King Institute of Preventive Medicine Micro-Biological Section reports 1912-19
Year: 1912
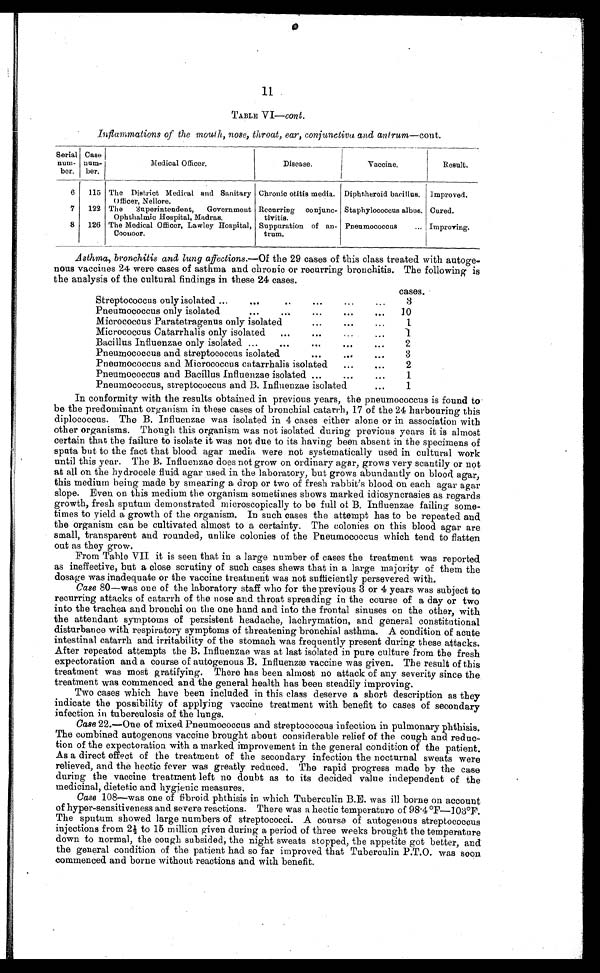
1 1
TABLE VI— cont.
Inflammations of the mouth, nose, throat, ear, conjunctiva and antrum —cont.
Serial
num
-ber.
Case
num
-ber.
Medical Officer.
Disease.
Vaccine.
Result.
6
115 The District Medical and Sanitary
Officer, Nellore.
Chronic otitis media. Diphtheroid bacillus. Improved.
7
122 The
Superintendent,
Government
Ophthalmic Hospital, Madras.
Recurring conjunc
-tivitis.
Staphylococcus albus. Cured.
8
126 The Medical Officer, Lawley Hospital,
Coonoor.
Suppuration of a
n-trum.
Pneumococcus . . . Improving.
Asthma, bronchitis and lung affections. —Of the 29 cases of this class treated with autoge
-nous vaccines 24 were cases of asthma and chronic or recurring bronchitis. The following is
the analysis of the cultural findings in these 24 cases.
cases.
Streptococcus only isolated . . .
3
Pneumococcus only isolated . . .
10
Mi c r o c o c c u s P a r a t e t r a g e n u s o n l y i s o l a t e d . . .
1
Micrococcus Catarrhalis only isolated . . .
1
Bacillus Influenzae only isolated . . .
2
Pneumococcus and streptococcus isolated . . .
3
Pneumococcus and Micrococcus catarrhalis i s o l a t e d . . .
2
Pneumococcus and Bacillus Influenzae isolated . . .
1
Pneumococcus, streptococcus and B. Influenzae isolated . . .
1
In conformity with the results obtained in previous years, the pneumococcus is found
t o
be the predominant organism in these cases of bronchial catarrh, 17 of the 24 harbouring this
diplococcus. The B. Influenzae was isolated in 4 cases either alone or in association with
other organisms. Though this organism was not isolated during previous years it is almost
certain that the failure to isolate it was not due to its having been absent in the specimens of
sputa but to the fact that blood agar media were not systematically used in cultural work
until this year. The B. Influenzae does not grow on ordinary agar, grows very scantily or not
at all on the hydrocele fluid agar used in the laboratory, but grows abundantly on blood agar,
this medium being made by smearing a drop or two of fresh rabbit's blood on each agar agar
slope. Even on this medium the organism sometimes shows marked idiosyncrasies as regards
growth, fresh sputum demonstrated microscopically to be full of B. Influenzae failing some
-
times to yield a growth of the organism. In such cases the attempt has to be repeated and
the organism can be cultivated almost to a certainty. The colonies on this blood agar are
small, transparent and rounded, unlike colonies of the Pneumococcus which tend to flatten
out as they grow.
From Table VII it is seen that in a large number of cases the treatment was reported
as ineffective, but a close scrutiny of such cases shews that in a large majority of them the
dosage was inadequate or the vaccine treatment was not sufficiently persevered with.
Case 80—was one of the laboratory staff who for the previous 3 or 4 years was subject to
recurring attacks of catarrh of the nose and throat spreading in the course of a day or two
into the trachea and bronchi on the one hand and into the frontal sinuses on the other, with
the attendant symptoms of persistent headache, lachrymation, and general constitutional
disturbance with respiratory symptoms of threatening bronchial asthma. A condition of acute
intestinal catarrh and irritability of the stomach was frequently present during these attacks.
After repeated attempts the B. Influenzae was at last isolated in pure culture from the fresh
expectoration and a course of autogenous B. Influenzæ vaccine was given. The result of this
treatment was most gratifying. There has been almost no attack of any severity since the
treatment was commenced and the general health has been steadily improving.
Two cases which have been included in this class deserve a short description as they
indicate the possibility of applying vaccine treatment with benefit to cases of secondary
infection in tuberculosis of the lungs.
Case 22.—One of mixed Pneumococcus and streptococcus infection in pulmonary phthisis.
The combined autogenous vaccine brought about considerable relief of the cough and reduc
-
tion of the expectoration with a marked improvement in the general condition of the patient.
As a direct effect of the treatment of the secondary infection the nocturnal sweats were
relieved, and the hectic fever was greatly reduced. The rapid progress made by the case
during the vaccine treatment left no doubt as to its decided value independent of the
medicinal, dietetic and hygienic measures.
Case 108—was one of fibroid phthisis in which Tuberculin B.E. was ill borne on account
of hyper-sensitiveness and severe reactions. There was a hectic temperature of 98.4°F—103°F.
The sputum showed large numbers of streptococci. A course of autogenous streptococcus
injections from 2½ to 15 million given during a period of three weeks brought the temperature
down to normal, the cough subsided, the night sweats stopped, the appetite got better, and
the general condition of the patient had so far improved that Tuberculin P.T.O. was soon
commenced and borne without reactions and with benefit.